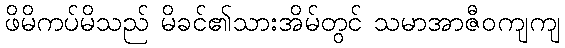
ဖိမိကပ်မိသည် မိခင်၏သားအိမ်တွင် သမာအာဇီဝကျကျ